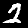
Digit: 2